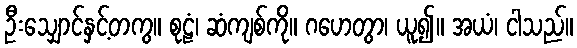
ဦးသျှောင်နှင့်တကွ။ စုဠံ၊ ဆံကျစ်ကို။ ဂဟေတွာ၊ ယူ၍။ အယံ၊ ငါသည်။